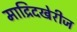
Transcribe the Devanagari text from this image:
माद्रिदखेरीज